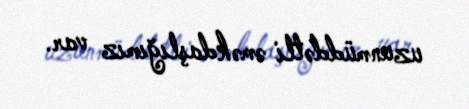
uzunmüddətli əməkdaşlığımız var.